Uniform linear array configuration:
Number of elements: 64
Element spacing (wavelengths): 0.25
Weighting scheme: binomial
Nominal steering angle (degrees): -45
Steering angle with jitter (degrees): -46.987
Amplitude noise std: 0.05
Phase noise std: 0.05

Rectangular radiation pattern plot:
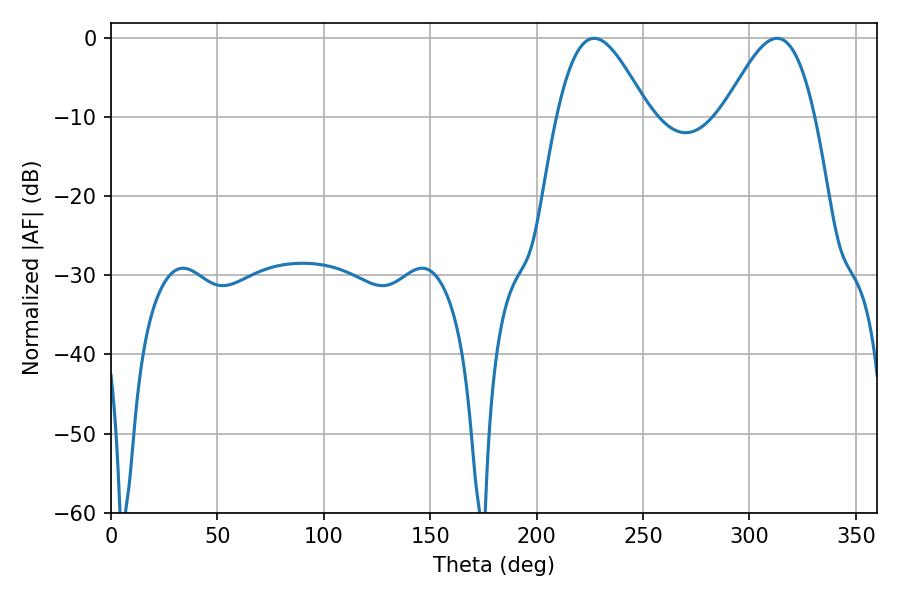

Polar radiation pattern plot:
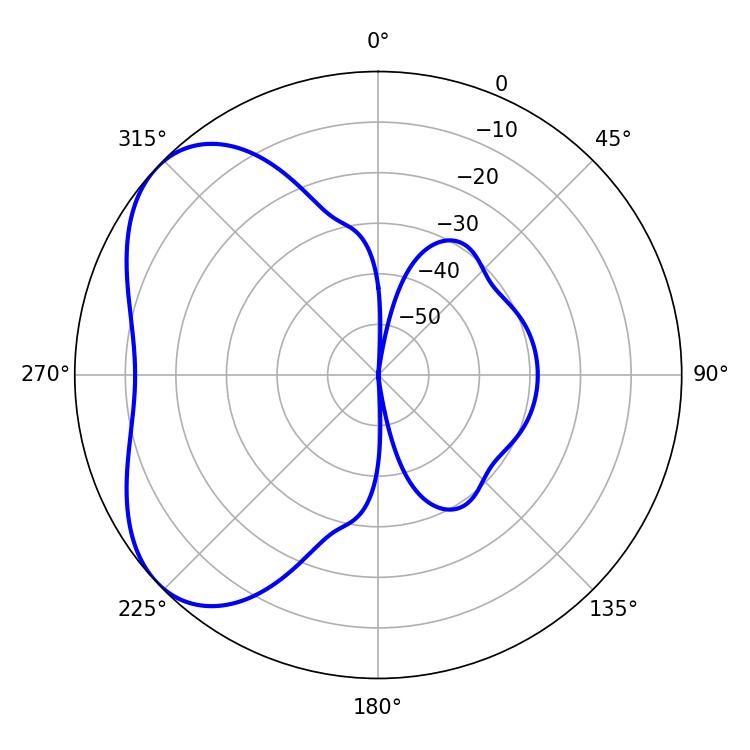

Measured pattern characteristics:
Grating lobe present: FALSE
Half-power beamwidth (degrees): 23.04
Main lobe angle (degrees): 226.98